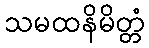
သမထနိမိတ္တံ